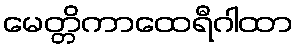
မေတ္တိကာထေရီဂါထာ